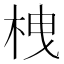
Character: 栧